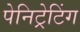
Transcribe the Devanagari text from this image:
पेनिट्रेटिंग